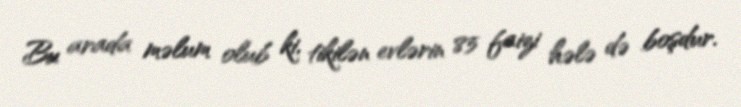
Bu arada məlum olub ki, tikilən evlərin 85 faizi hələ də boşdur.